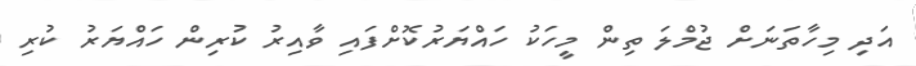
އަދި މިހާތަނަށް ޖުމްލަ ތިން މީހަކު ހައްޔަރުކޮށްފައި ވާއިރު ކުރިން ހައްޔަރު ކުރި